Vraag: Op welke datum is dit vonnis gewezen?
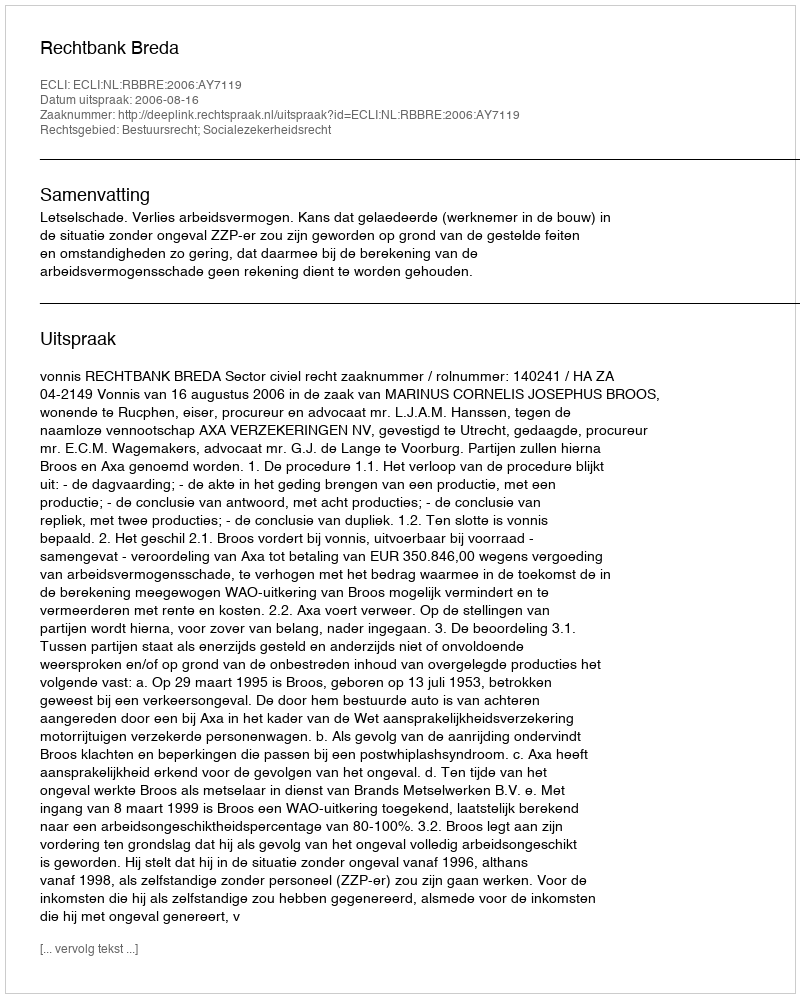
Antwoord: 2006-08-16